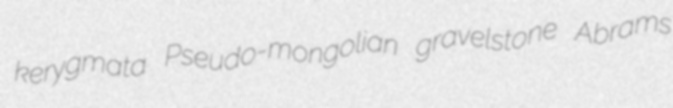
kerygmata Pseudo-mongolian gravelstone Abrams